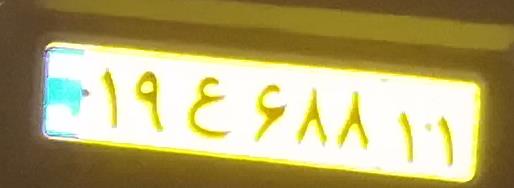
۱۹ع۶۸۸۱۱